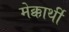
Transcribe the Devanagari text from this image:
मेक्कार्थी